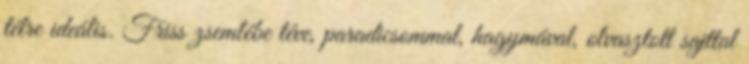
télre ideális. Friss zsemlébe téve, paradicsommal, hagymával, olvasztott sajttal